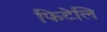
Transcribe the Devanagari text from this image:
फिटेलि